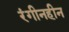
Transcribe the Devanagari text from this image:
रंगीनहीन